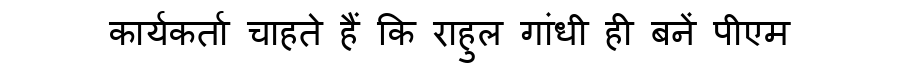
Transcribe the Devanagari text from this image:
कार्यकर्ता चाहते हैं कि राहुल गांधी ही बनें पीएम